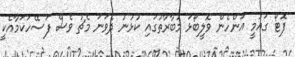
ފޮޓޯ ގައުމީ އަންހެން ވޮލީބޯޅަ މުބާރާތުގައި ކުޅުނު ދެވަނަ މެޗު ވެސް ފަސޭހަކަމާއެކީ